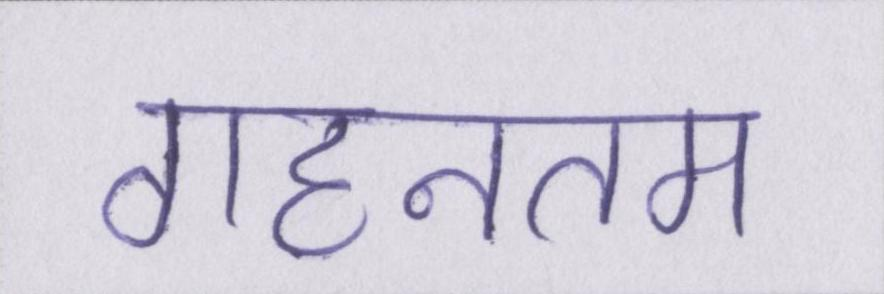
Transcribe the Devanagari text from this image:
गहनतम